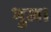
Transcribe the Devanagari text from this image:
भुज।